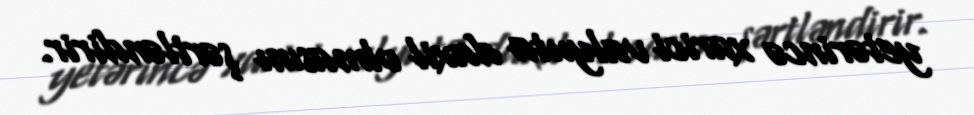
yetərincə xarici valyuta daxil olmasını şərtləndirir.